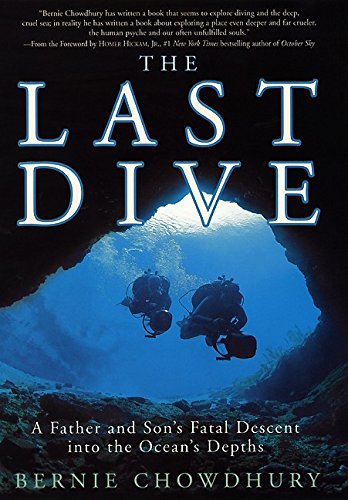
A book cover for The Last Dive: A Father and Son's Fatal Descent into the Ocean's Depths; Bernie Chowdhury; Travel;